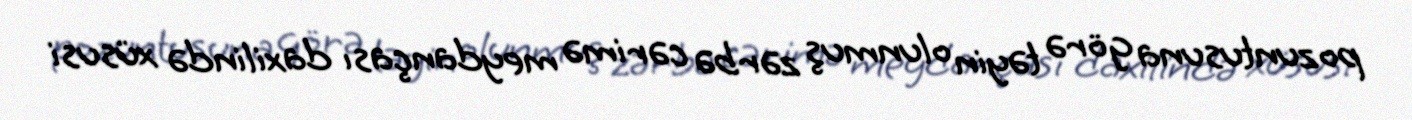
pozuntusuna görə təyin olunmuş zərbə cərimə meydançası daxilində xüsusi